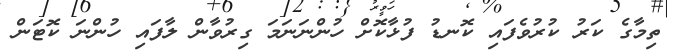
ތިމާގެ ކަރު ކުރުވެފައި ކޮނޑު ފުޅާކޮށް ހުންނަނަމަ ގިރުވާން ލާފައި ހުންނަ ކޮޓަން